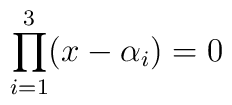
\prod^3_{i=1} (x-\alpha_i) = 0